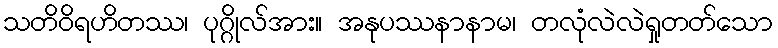
သတိဝိရဟိတဿ၊ ပုဂ္ဂိုလ်အား။ အနုပဿနာနာမ၊ တလုံလဲလဲရှုတတ်သော